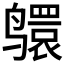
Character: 𫜅